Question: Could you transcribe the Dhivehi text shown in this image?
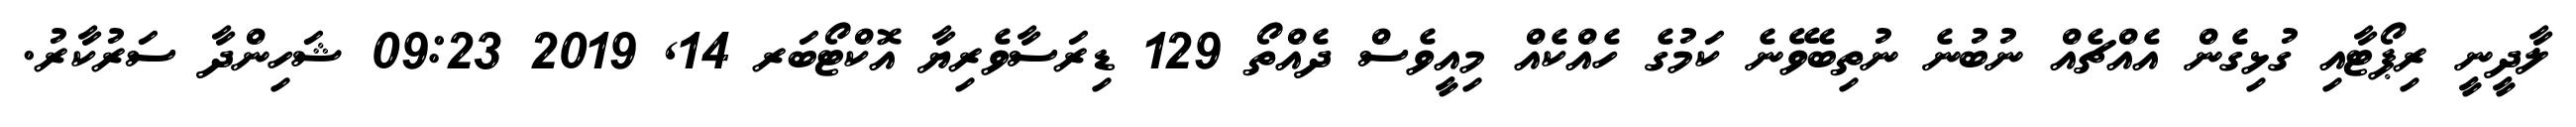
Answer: ލާދީނީ ރިޕޯޓާއި ގުޅިގެން އެއްޗެއް ނުބުނެ ނުތިބެވޭނެ ކަމުގެ ހެއްކެއް މިއީވެސް ދެއްތޯ 129 ޑިރަސާވެރިޔާ އޮކްޓޯބަރ 14, 2019 09:23 ޝަހިންދާ ސަރުކާރު.